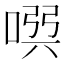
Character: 𠸃